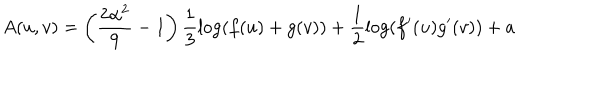
A ( u , v ) = \left( \frac { 2 \alpha ^ { 2 } } { 9 } - 1 \right) \frac { 1 } { 3 } \log ( f ( u ) + g ( v ) ) + \frac { 1 } { 2 } \log ( f ^ { \prime } ( u ) g ^ { \prime } ( v ) ) + a